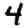
Digit: 4